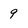
Character: 9